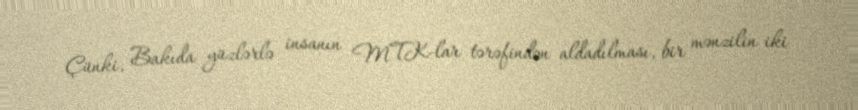
Çünki, Bakıda yüzlərlə insanın MTK-lar tərəfindən aldadılması, bir mənzilin iki